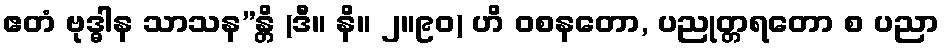
ဧတံ ဗုဒ္ဓါန သာသန”န္တိ (ဒီ။ နိ။ ၂။၉၀) ဟိ ဝစနတော, ပညုတ္တရတော စ ပညာ